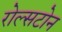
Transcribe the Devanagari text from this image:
रोल्सटोन